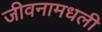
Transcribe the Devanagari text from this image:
जीवनामधली